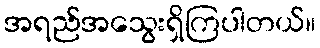
အရည်အသွေးရှိကြပါတယ်။